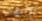
الإلتهاب